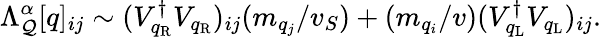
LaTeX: \Lambda_{\cal Q}^{\alpha}[q]_{ij}\sim(V_{q_{\mathrm{R}}}^{\dagger}V_{q_{\mathrm{R}}})_{ij}(m_{q_{j}}/v_{S})+(m_{q_{i}}/v)(V_{q_{\mathrm{L}}}^{\dagger}V_{q_{\mathrm{L}}})_{ij}.